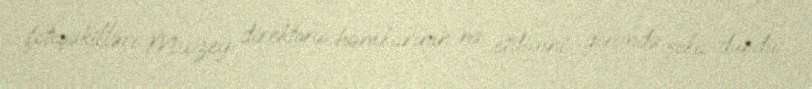
fotoşəkilləri Muzey direktoru həmkarının nə etdiyini görəndə şoka düşdü.